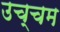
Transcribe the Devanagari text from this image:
उच्चम